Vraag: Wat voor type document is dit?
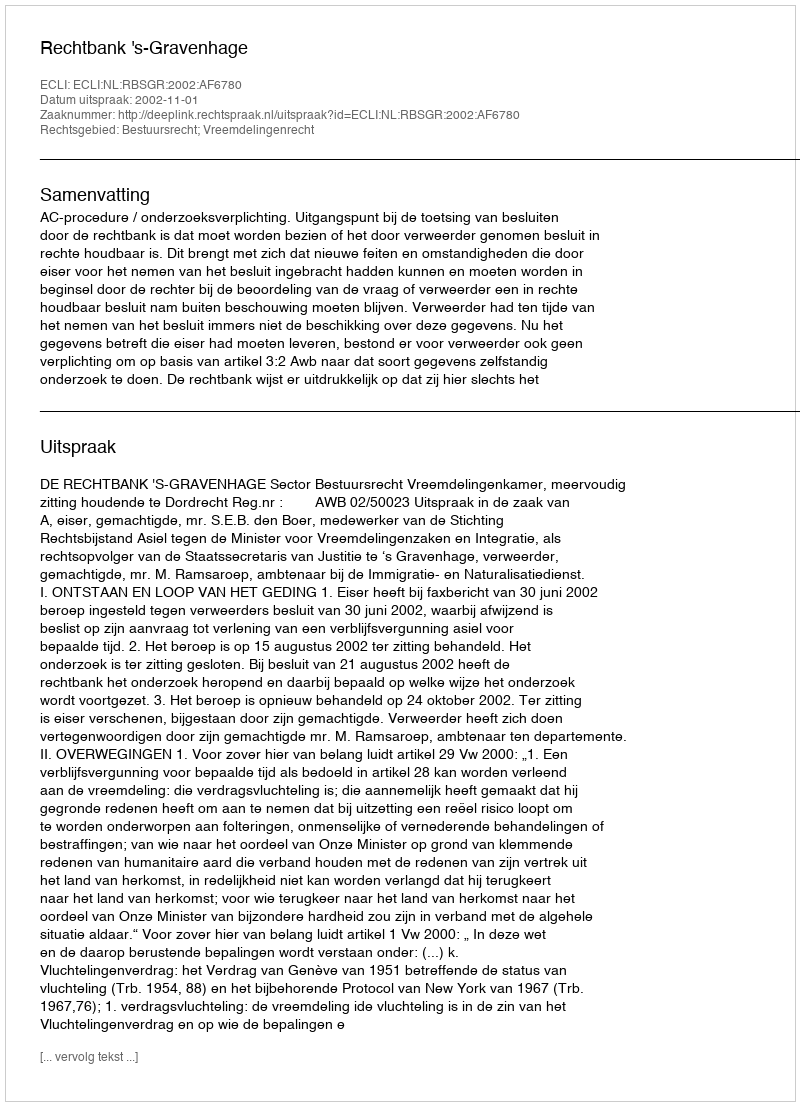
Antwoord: Uitspraak